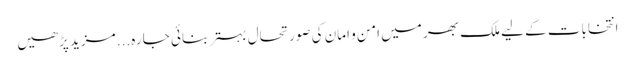
انتخابات کے لیے ملک بھر میں امن و امان کی صورتحال بہتر بنائی جا رہ... مزید پڑھیں